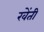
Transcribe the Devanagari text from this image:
खेंती